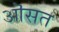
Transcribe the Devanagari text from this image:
ऒसत